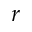
r